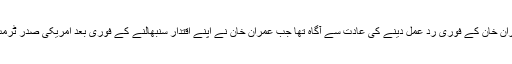
امریکی دفترِ خارجہ پہلے ہی اُس وقت سے عمران خان کے فوری ردِ عمل دینے کی عادت سے آگاہ تھا جب عمران خان نے اپنے اقتدار سنبھالنے کے فوری بعد امریکی صدر ٹرمپ کی دھمکیوں کا جواب ترکی بہ تُرکی دیا تھا۔